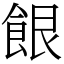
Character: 䬶